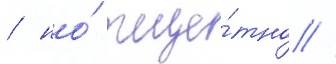
/ но́ тще́тно //